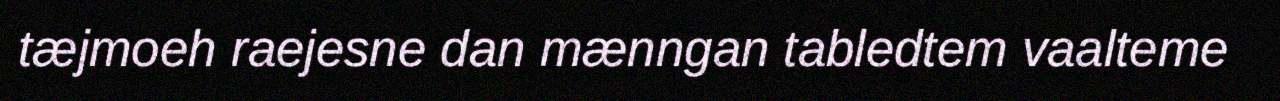
tæjmoeh raejesne dan mænngan tabledtem vaalteme